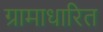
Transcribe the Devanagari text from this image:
ग्रामाधारित